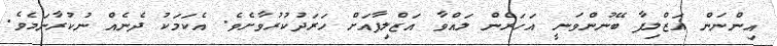
އިންނަން އަޒްލިފާ ބޭނުންވަނީ އަހަރެން ލައްވާ އަޒްލިފާއަށް ހަރަދުކުރުވާށެވެ. އެކަމަކު ދެނެއް ނުކުރާނަމެވެ.